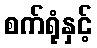
စက်ရုံနှင့်